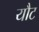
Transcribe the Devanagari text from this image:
यौट